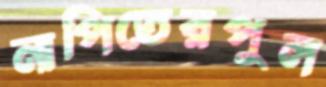
নাপিতেরপুল